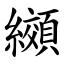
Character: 纐